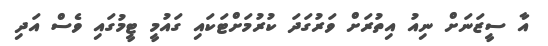
އާ ސީޒަނަށް ނިއު އިތުރަށް ވަރުގަދަ ކުރުމަށްޓަކައި ގައުމީ ޓީމުގައި ވެސް އަދި